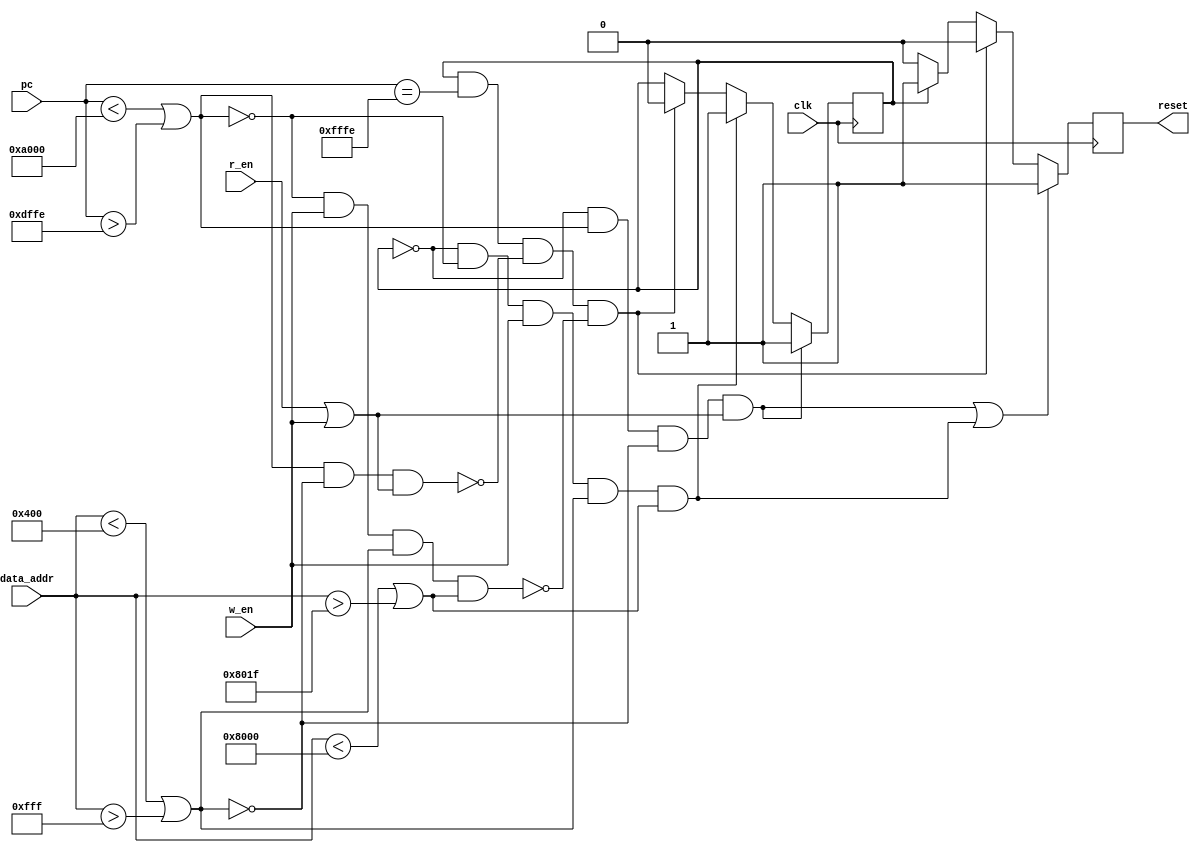
module  X_stack (
    clk,
    pc,
    data_addr,
    r_en,
    w_en,
    //pc_en,

    reset
);

input		clk;
input   [15:0]  pc;
//input		pc_en;
input   [15:0]  data_addr;
input           r_en;
input           w_en;
output          reset;

// MACROS ///////////////////////////////////////////
parameter SDATA_BASE = 16'h400;
parameter SDATA_SIZE = 16'hC00;
//
parameter HMAC_BASE = 16'h8000;
parameter HMAC_SIZE = 16'h0020;
//
parameter SMEM_BASE = 16'hA000;
parameter SMEM_SIZE = 16'h4000;
//
parameter KMEM_BASE = 16'hFEFE;
parameter KMEM_SIZE = 16'h0040;
/////////////////////////////////////////////////////


parameter RESET_HANDLER = 16'hfffe;
parameter RUN  = 1'b0, KILL = 1'b1;
//-------------Internal Variables---------------------------
reg             state;
reg             key_res;
//

initial
    begin
        state = RUN;
        key_res = 1'b0;
    end

wire pc_not_in_srom = pc < SMEM_BASE || pc > SMEM_BASE + SMEM_SIZE -2;
wire pc_in_srom = !pc_not_in_srom;

wire daddr_not_in_sdata = data_addr < SDATA_BASE || data_addr > SDATA_BASE + SDATA_SIZE -1;
wire daddr_in_sdata = !daddr_not_in_sdata;

wire daddr_not_in_krom = data_addr < KMEM_BASE || data_addr > KMEM_BASE + KMEM_SIZE -1;
wire daddr_in_krom = !daddr_not_in_krom;

wire daddr_not_in_HMAC = data_addr < HMAC_BASE || data_addr > HMAC_BASE + HMAC_SIZE -1;
wire daddr_in_HMAC = !daddr_not_in_HMAC;

wire violation1 = pc_not_in_srom && daddr_in_sdata && (r_en || w_en);
wire violation2 = pc_in_srom && w_en && daddr_not_in_sdata && daddr_not_in_HMAC;

// State transition logic//////
always @(posedge clk)
if(state == RUN && pc_not_in_srom && daddr_in_sdata && (r_en || w_en))
    state <= KILL;
else if (state == RUN && pc_in_srom && w_en && daddr_not_in_sdata && daddr_not_in_HMAC)
    state <= KILL;
else if (state == KILL && (pc == RESET_HANDLER) && !violation1 && !violation2)
    state <= RUN;
else state <= state;
//////////////////////////////

// Output logic //////////////
always @(posedge clk)
if( 
    (state == RUN && pc_not_in_srom && daddr_in_sdata && (r_en || w_en)) ||
    (state == RUN && pc_in_srom && w_en && daddr_not_in_sdata && daddr_not_in_HMAC)
)
    key_res <= 1'b1;
else if (state == KILL && pc == RESET_HANDLER && !violation1 && !violation2)
    key_res <= 1'b0;
else if (state == KILL)
    key_res <= 1'b1;
else
    key_res <= 1'b0;

/////////////////////////////

assign reset = key_res;

endmodule